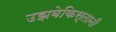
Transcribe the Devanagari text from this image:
उझबेकिस्तानी